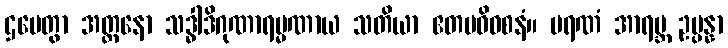
ဌပေတွာ အတ္တနော သဒ္ဓါဒိဂုဏာရမ္မဏာယ သတိယာ ဧတမဓိဝစနံ။ မရဏံ အာရဗ္ဘ ဥပ္ပန္နာ